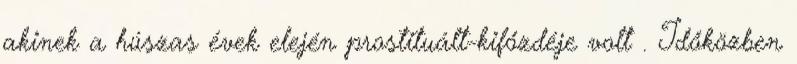
akinek a húszas évek elején prostituált-kifőzdéje volt . Időközben